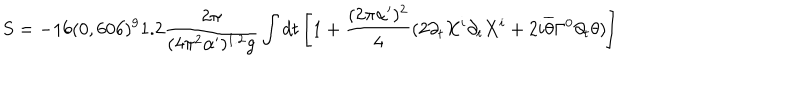
S = - 1 6 ( 0 , 6 0 6 ) ^ { 9 } 1 . 2 \frac { 2 \pi } { ( 4 \pi ^ { 2 } \alpha ^ { \prime } ) ^ { 1 . 2 } g } \int d t \left[ 1 + \frac { ( 2 \pi \alpha ^ { \prime } ) ^ { 2 } } { 4 } ( 2 \partial _ { t } X ^ { i } \partial _ { t } X ^ { i } + 2 i \overline { { { \theta } } } \Gamma ^ { 0 } \partial _ { t } \theta ) \right]